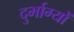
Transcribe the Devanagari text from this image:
दुर्भाग्यों